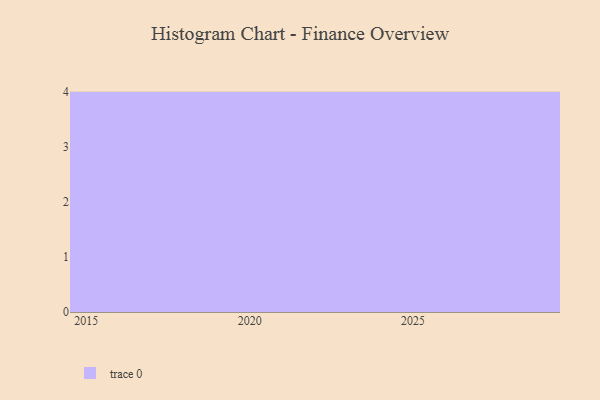
{"axis": {"x": "Year", "y": "Demand Index"}, "legend": [""], "data": [{"x": "2015", "y": 99, "type": ""}, {"x": "2019", "y": 66, "type": ""}, {"x": "2029", "y": 99, "type": ""}, {"x": "2027", "y": 33, "type": ""}, {"x": "2020", "y": 75, "type": ""}, {"x": "2028", "y": 27, "type": ""}, {"x": "2018", "y": 86, "type": ""}, {"x": "2017", "y": 73, "type": ""}, {"x": "2025", "y": 85, "type": ""}, {"x": "2021", "y": 27, "type": ""}, {"x": "2023", "y": 52, "type": ""}, {"x": "2024", "y": 44, "type": ""}]}